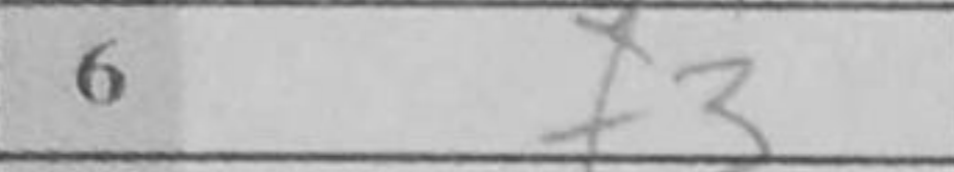
Transcription: f3